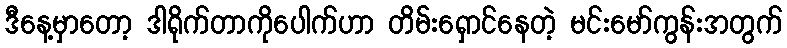
ဒီနေ့မှာတော့ ဒါရိုက်တာကိုပေါက်ဟာ တိမ်းရှောင်နေတဲ့ မင်းမော်ကွန်းအတွက်